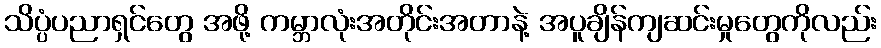
သိပ္ပံပညာရှင်တွေ အဖို့ ကမ္ဘာလုံးအတိုင်းအတာနဲ့ အပူချိန်ကျဆင်းမှုတွေကိုလည်း